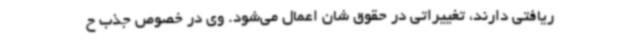
ریافتی دارند، تغییراتی در حقوق شان اعمال می‌شود. وی در خصوص جذب ح